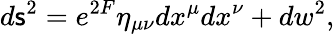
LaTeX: d\mathsf{s}^{2}=e^{2F}\eta_{\mu\nu}dx^{\mu}dx^{\nu}+dw^{2},